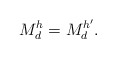
\begin{align*}M_d^h=M_d^{h'}.\end{align*}